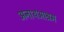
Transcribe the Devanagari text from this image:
अनाथआश्रम